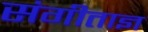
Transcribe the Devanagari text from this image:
संगीताज्ञ